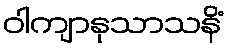
ဝါကျာနုသာသနိံ